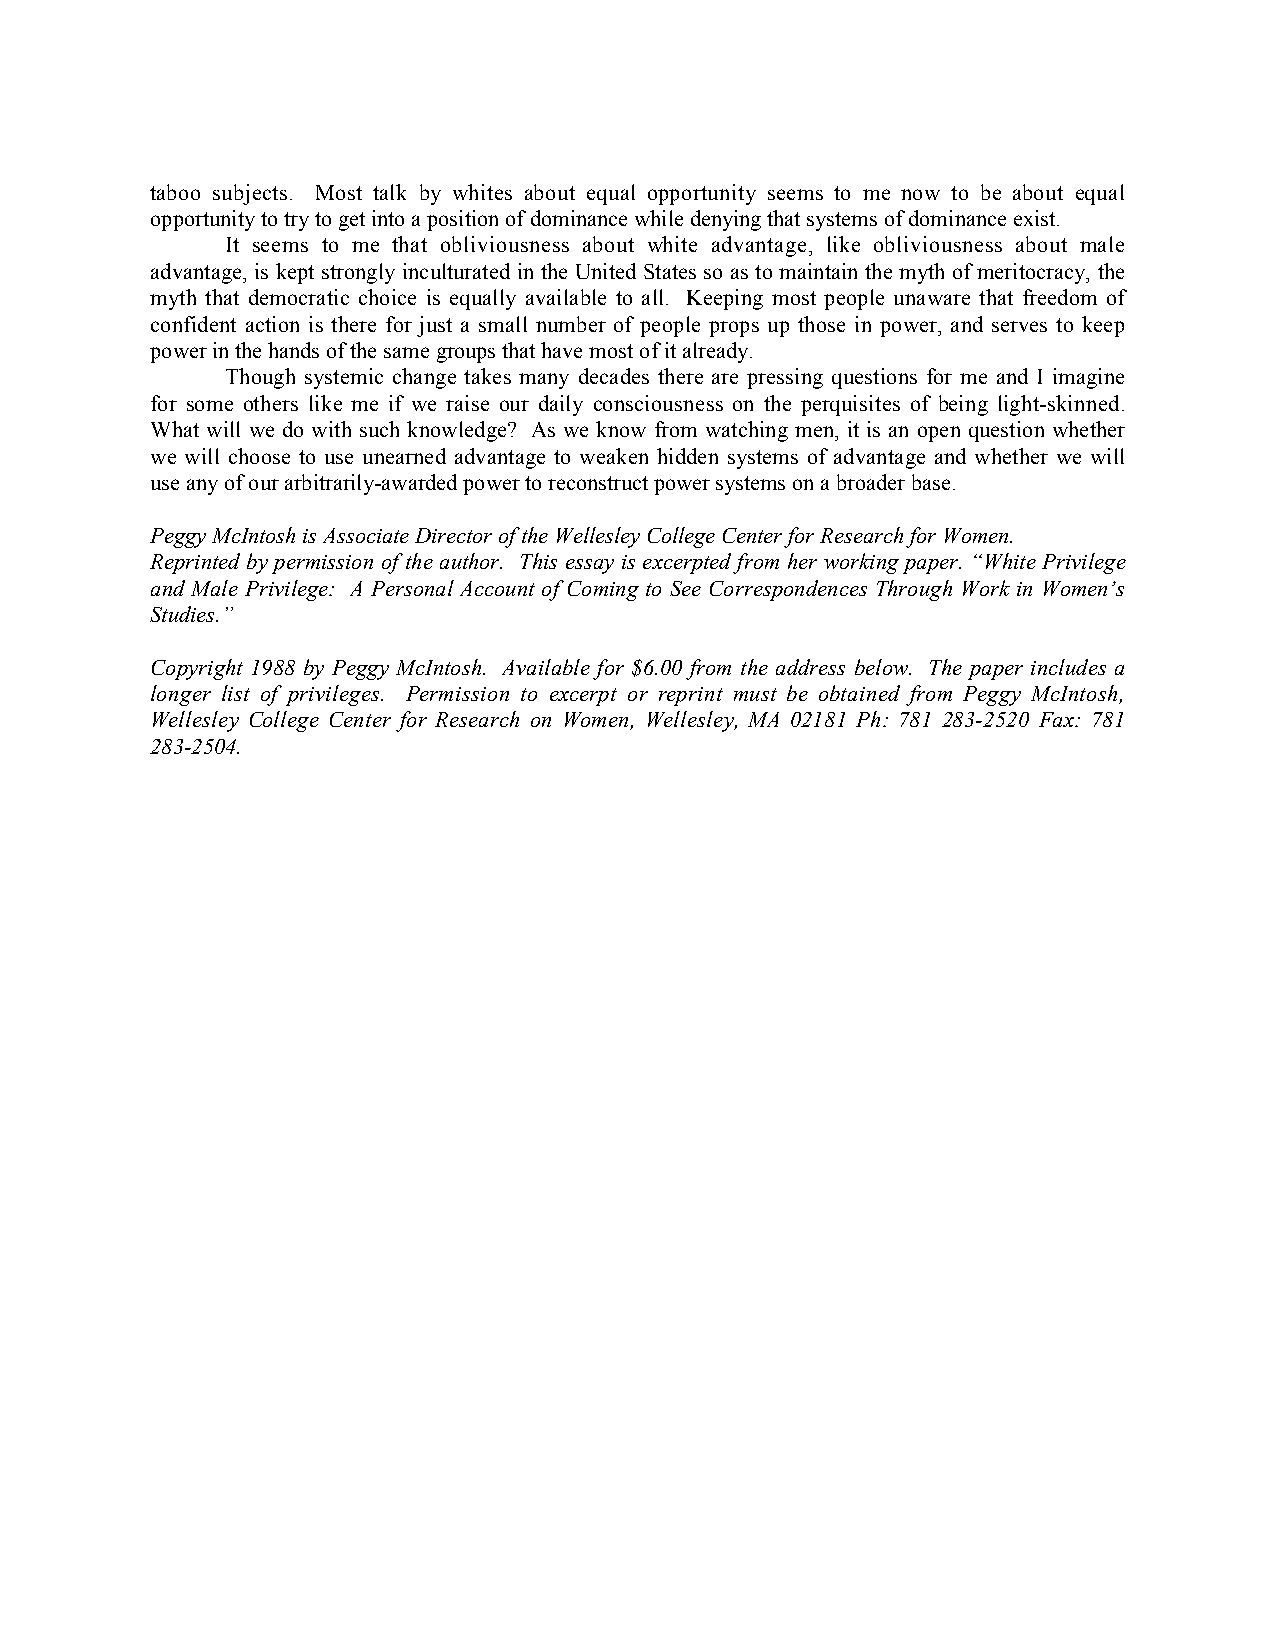
taboo subjects. Most talk by whites about equal opportunity seems to me now to be about equal
 opportunity to try to get into a position of dominance while denying that systems of dominance exist.
 It seems to me that obliviousness about white advantage, like obliviousness about male
 advantage, is kept strongly inculturated in the United States so as to maintain the myth of meritocracy, the
 myth that democratic choice is equally available to all. Keeping most people unaware that freedom of
 confident action is there for just a small number of people props up those in power, and serves to keep
 power in the hands of the same groups that have most of it already.
 Though systemic change takes many decades there are pressing questions for me and I imagine
 for some others like me if we raise our daily consciousness on the perquisites of being light-skinned.
 What will we do with such knowledge? As we know from watching men, it is an open question whether
 we will choose to use unearned advantage to weaken hidden systems of advantage and whether we will
 use any of our arbitrarily-awarded power to reconstruct power systems on a broader base.
 Peggy McIntosh is Associate Director of the Wellesley College Center for Research for Women.
 Reprinted by permission of the author. This essay is excerpted from her working paper. “White Privilege
 and Male Privilege: A Personal Account of Coming to See Correspondences Through Work in Women’s
 Studies.”
 Copyright 1988 by Peggy McIntosh. Available for $6.00 from the address below. The paper includes a
 longer list of privileges. Permission to excerpt or reprint must be obtained from Peggy McIntosh,
 Wellesley College Center for Research on Women, Wellesley, MA 02181 Ph: 781 283-2520 Fax: 781
 283-2504.